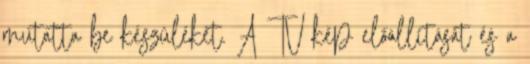
mutatta be készülékét. A TV kép előállítását és a